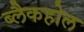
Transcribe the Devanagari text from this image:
ब्लैकहोल